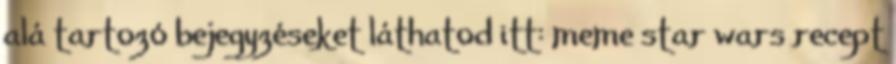
alá tartozó bejegyzéseket láthatod itt: meme star wars recept